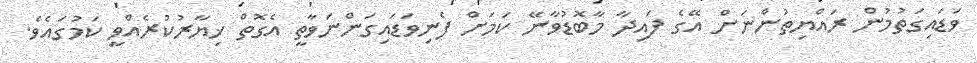
ވަޑައިގަތުމުން ރައްޔިތުންނަށް އޭގެ ފައިދާ މާބޮޑުވާނޭ ކަމަށް ފެނިވަޑައިގަންނަވާތީ އެގޮތް ޚިޔާރުކުރެއްވީ ކަމުގައެވެ.